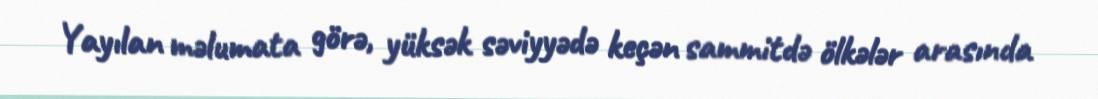
Yayılan məlumata görə, yüksək səviyyədə keçən sammitdə ölkələr arasında